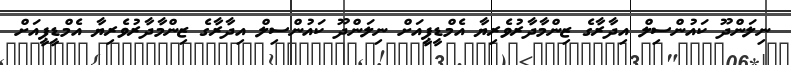
ނިލަންދޫ ކައުންސިލް އިދާރާގެ ޒިންމާދާރުވެރިޔާ އެމްޑީޕީއަށް ނިލަންދޫ ކައުންސިލް އިދާރާގެ ޒިންމާދާރުވެރިޔާ އެމްޑީޕީއަށް